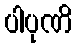
ပါပုဏိ